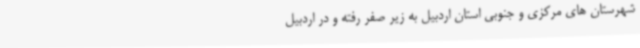
شهرستان های مرکزی و جنوبی استان اردبیل به زیر صفر رفته و در اردبیل